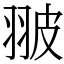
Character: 翍